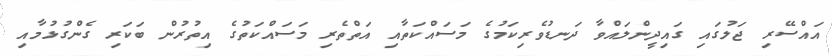
އައްސޭރި ޖަލުގައި ގައިދީންލައްވާ ދަނޑުވެރިކަމުގެ މަސައްކަތާއި އަތްތެރި މަސައްކަތުގެ އިތުރުން ބަކަރި ގެންގުޅުމާއި